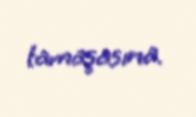
tamaşasına.